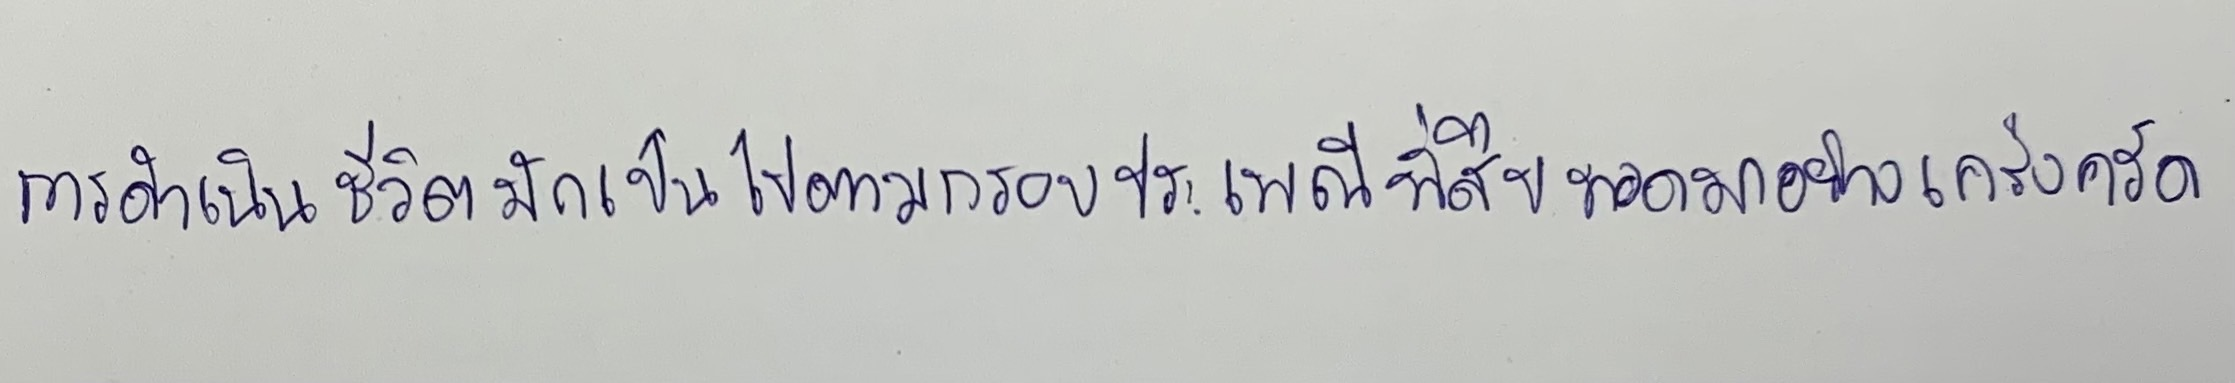
การดำเนินชีวิตมักเป็นไปตามกรอบประเพณีที่สืบทอดมาอย่างเคร่งครัด